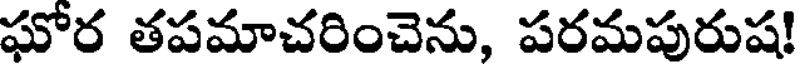
ఘోర తపమాచరించెను, పరమపురుష!